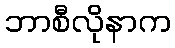
ဘာစီလိုနာက